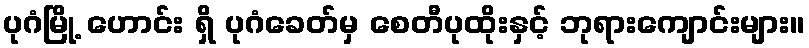
ပုဂံမြို့ ဟောင်း ရှိ ပုဂံခေတ်မှ စေတီပုထိုးနှင့် ဘုရားကျောင်းများ။